Annual returns of the Patna Lunatic Asylum at Bankipore in Bihar and Orissa - 1912-1924
Year: 1912
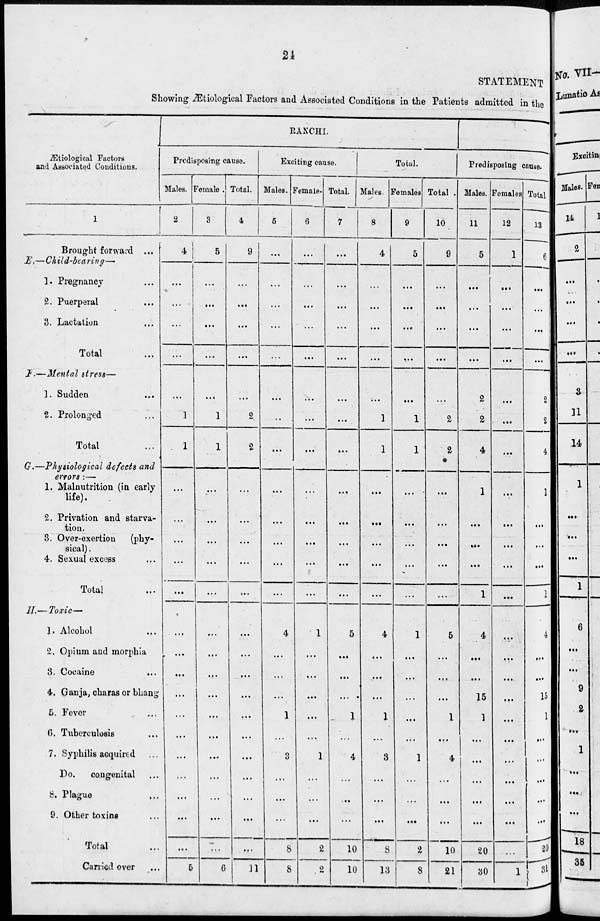
24
STATEMENT
Showing Ætiological Factors and Associated Conditions in the Patients admitted in the
Ætiological Factors
and Associated Conditions.
1
Brought forward ...
E.—Child-b taring—
1. Pregnancy ...
2. Puerperal ...
3. Lactation ...
Total ...
F.—Mental stress—
1. Sudden ...
2. Prolonged
...
Total ...
G.—Physiological
defects
and
errors :—
1. Malnutrition (in early
life).
2. Privation and starva-
tion.
3. Over-exertion
(phy-
sical) .
4. Sexual excess ...
Total ...
H.—Toxic—
1. Alcohol ...
2. Opium and morphia
3. Cocaine ...
4. Ganja, charas or bhang
5. Fever ...
6. Tuberculosis ...
7. Syphilis acquired ...
Do.
congenital ...
8. Plague ...
0. Other toxins ...
Total ...
Carried over ...
RANCHI.
Predisposing cause.
Males.
2
4
...
...
...
...
...
1
1
...
...
...
...
...
...
...
...
...
...
...
...
...
...
...
...
5
Female.
3
5
...
...
...
...
...
1
1
...
...
...
...
...
...
...
...
...
...
...
...
...
...
...
6
Total.
4
9
...
...
...
...
...
2
2
...
...
...
...
...
...
...
...
...
...
...
...
...
...
...
...
11
Exciting cause.
Males.
5
...
...
...
...
...
...
...
...
...
...
...
...
...
4
...
...
...
1
...
3
...
...
...
8
8
Female.
6
...
...
...
...
...
...
...
...
...
...
...
...
...
1
...
...
...
...
...
1
...
...
...
2
2
Total.
7
...
...
...
...
...
...
...
...
...
...
...
...
...
5
...
...
...
1
...
4
...
...
...
10
10
Total.
Males.
8
4
...
...
...
...
...
1
1
...
...
...
...
...
4
...
...
...
1
...
3
...
...
...
8
13
Females.
9
5
...
...
...
...
...
1
1
...
...
...
...
...
1
...
...
...
...
...
1
...
...
...
2
8
Total.
10
9
...
...
...
...
...
2
2
...
...
...
...
...
5
...
...
...
1
...
4
...
...
...
10
21
Predisposing cause.
Males.
11
5
...
...
...
...
2
2
4
1
...
...
...
1
4
...
...
15
1
...
...
...
...
...
20
30
Females.
12
1
...
...
...
...
...
...
...
...
...
...
...
...
...
...
...
...
...
...
...
...
...
...
...
1
Total.
13
6
...
...
...
...
2
2
4
1
...
...
...
1
4
...
...
15
1
...
...
...
...
...
20
31